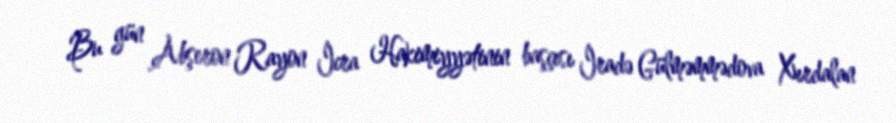
Bu gün Abşeron Rayon İcra Hakimiyyətinin başçısı İradə Gülməmmədova Xırdalan